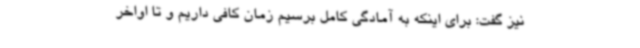
نیز گفت: برای اینکه به آمادگی کامل برسیم زمان کافی داریم و تا اواخر